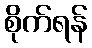
စိုက်ရန်